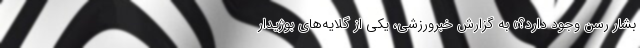
بشار رسن وجود دارد؟» به گزارش خبرورزشی، یکی از گلایه‌های بوژیدار